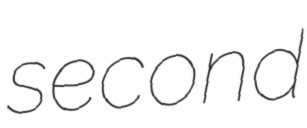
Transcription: second